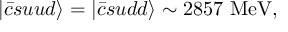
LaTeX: | \bar { c } s u u d \rangle = | \bar { c } s u d d \rangle \sim 2 8 5 7 \mathrm { ~ M e V } ,